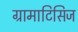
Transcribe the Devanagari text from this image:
ग्रामाटिसिज